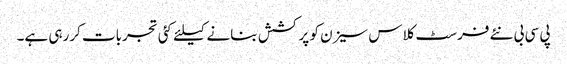
پی سی بی نئے فرسٹ کلاس سیزن کو پرکشش بنانے کیلئے کئی تجربات کررہی ہے۔